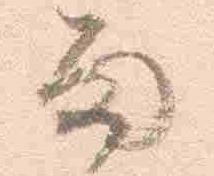
雨